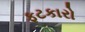
ફટકારો